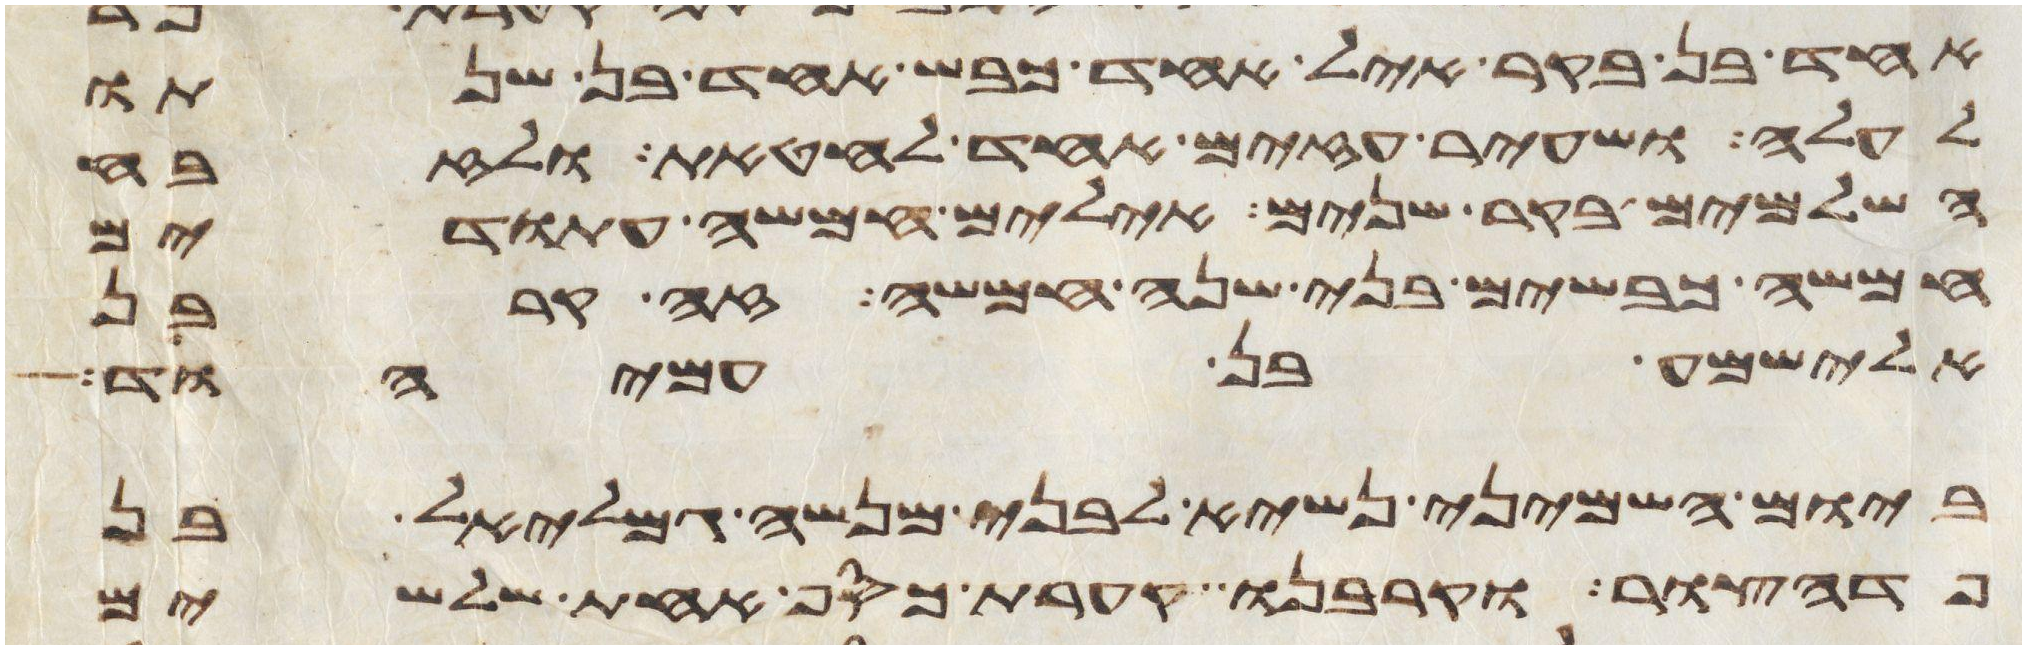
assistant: אחד בן בקר איל אחד כבש אחד בן שנתו
לעלה ושעיר עזים אחד לחטאת ולזבח
השלמים בקר שנים אילים חמשה עתודים
חמשה כבשים בני שנה חמשה זה קרבן
אלישמע בן עמיהוד
ביום השמיני נשיא לבני מנשה גמלאל בן
פדהצור וקרבנו קערת כסף אחת שלשים